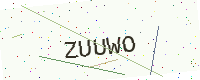
Text: ZUUWO